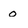
Character: o